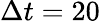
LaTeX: \Delta t=20